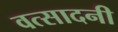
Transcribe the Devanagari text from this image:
वत्सादनी